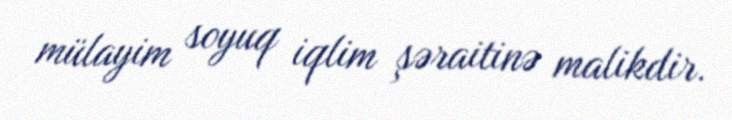
mülayim soyuq iqlim şəraitinə malikdir.